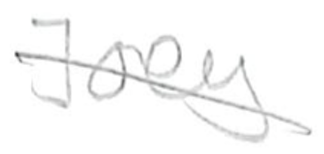
Text: Joey
Cross-out: diagonal
Writing tool: pencil